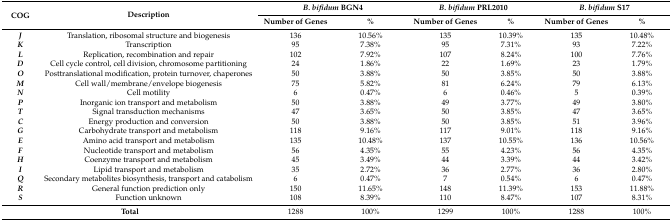
<table><thead><tr><td rowspan="2"><b>COG</b></td><td rowspan="2"><b>Description</b></td><td colspan="2"><b><i>B. bifidum</i> BGN4</b></td><td colspan="2"><b><i>B. bifidum</i> PRL2010</b></td><td colspan="2"><b><i>B. bifidum</i> S17</b></td></tr><tr><td><b>Number of Genes</b></td><td><b>%</b></td><td><b>Number of Genes</b></td><td><b>%</b></td><td><b>Number of Genes</b></td><td><b>%</b></td></tr></thead><tbody><tr><td><b><i>J</i></b></td><td>Translation, ribosomal structure and biogenesis</td><td>136</td><td>10.56%</td><td>135</td><td>10.39%</td><td>135</td><td>10.48%</td></tr><tr><td><b><i>K</i></b></td><td>Transcription</td><td>95</td><td>7.38%</td><td>95</td><td>7.31%</td><td>93</td><td>7.22%</td></tr><tr><td><b><i>L</i></b></td><td>Replication, recombination and repair</td><td>102</td><td>7.92%</td><td>107</td><td>8.24%</td><td>100</td><td>7.76%</td></tr><tr><td><b><i>D</i></b></td><td>Cell cycle control, cell division, chromosome partitioning</td><td>24</td><td>1.86%</td><td>22</td><td>1.69%</td><td>23</td><td>1.79%</td></tr><tr><td><b><i>O</i></b></td><td>Posttranslational modification, protein turnover, chaperones</td><td>50</td><td>3.88%</td><td>50</td><td>3.85%</td><td>50</td><td>3.88%</td></tr><tr><td><b><i>M</i></b></td><td>Cell wall/membrane/envelope biogenesis</td><td>75</td><td>5.82%</td><td>81</td><td>6.24%</td><td>79</td><td>6.13%</td></tr><tr><td><b><i>N</i></b></td><td>Cell motility</td><td>6</td><td>0.47%</td><td>6</td><td>0.46%</td><td>5</td><td>0.39%</td></tr><tr><td><b><i>P</i></b></td><td>Inorganic ion transport and metabolism</td><td>50</td><td>3.88%</td><td>49</td><td>3.77%</td><td>49</td><td>3.80%</td></tr><tr><td><b><i>T</i></b></td><td>Signal transduction mechanisms</td><td>47</td><td>3.65%</td><td>50</td><td>3.85%</td><td>47</td><td>3.65%</td></tr><tr><td><b><i>C</i></b></td><td>Energy production and conversion</td><td>50</td><td>3.88%</td><td>50</td><td>3.85%</td><td>51</td><td>3.96%</td></tr><tr><td><b><i>G</i></b></td><td>Carbohydrate transport and metabolism</td><td>118</td><td>9.16%</td><td>117</td><td>9.01%</td><td>118</td><td>9.16%</td></tr><tr><td><b><i>E</i></b></td><td>Amino acid transport and metabolism</td><td>135</td><td>10.48%</td><td>137</td><td>10.55%</td><td>136</td><td>10.56%</td></tr><tr><td><b><i>F</i></b></td><td>Nucleotide transport and metabolism</td><td>56</td><td>4.35%</td><td>55</td><td>4.23%</td><td>56</td><td>4.35%</td></tr><tr><td><b><i>H</i></b></td><td>Coenzyme transport and metabolism</td><td>45</td><td>3.49%</td><td>44</td><td>3.39%</td><td>44</td><td>3.42%</td></tr><tr><td><b><i>I</i></b></td><td>Lipid transport and metabolism</td><td>35</td><td>2.72%</td><td>36</td><td>2.77%</td><td>36</td><td>2.80%</td></tr><tr><td><b><i>Q</i></b></td><td>Secondary metabolites biosynthesis, transport and catabolism</td><td>6</td><td>0.47%</td><td>7</td><td>0.54%</td><td>6</td><td>0.47%</td></tr><tr><td><b><i>R</i></b></td><td>General function prediction only</td><td>150</td><td>11.65%</td><td>148</td><td>11.39%</td><td>153</td><td>11.88%</td></tr><tr><td><b><i>S</i></b></td><td>Function unknown</td><td>108</td><td>8.39%</td><td>110</td><td>8.47%</td><td>107</td><td>8.31%</td></tr><tr><td colspan="2"><b>Total</b></td><td>1288</td><td>100%</td><td>1299</td><td>100%</td><td>1288</td><td>100%</td></tr></tbody></table>